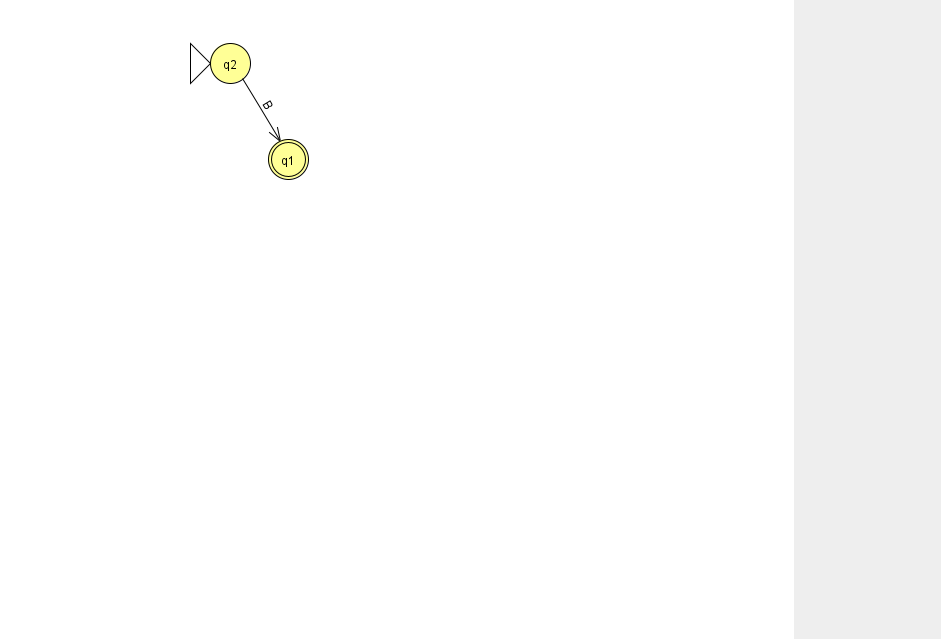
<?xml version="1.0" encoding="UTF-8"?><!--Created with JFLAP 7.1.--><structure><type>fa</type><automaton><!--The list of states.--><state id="1" name="q1"><x>288.0</x><y>146.0</y><final/></state><state id="2" name="q2"><x>230.0</x><y>50.0</y><initial/></state><!--The list of transitions.--><transition><from>2</from><to>1</to><read>B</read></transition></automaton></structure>